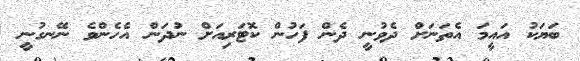
ބަޔަކު އައީމަ އެތަނަށް ދެވުނީ ދެން ފަހުން ކޮޓަރިއަށް ނުދަން އެހެންވެ ނޭނގުނީ